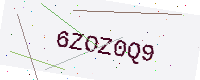
Text: 6ZOZ0Q9